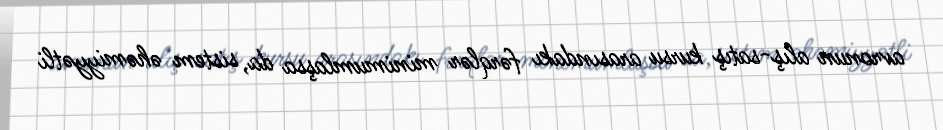
avronun alış-satış kursu arasındakı fərqlər minimumlaşsa da, sistem əhəmiyyətli